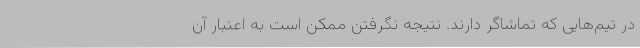
در تیم‌هایی که تماشاگر دارند. نتیجه نگرفتن ممکن است به اعتبار آن